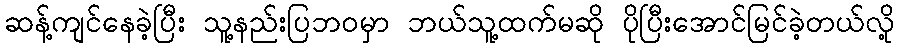
ဆန့်ကျင်နေခဲ့ပြီး သူ့နည်းပြဘဝမှာ ဘယ်သူ့ထက်မဆို ပိုပြီးအောင်မြင်ခဲ့တယ်လို့